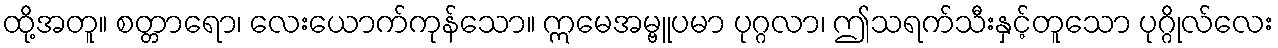
ထို့အတူ။ စတ္တာရော၊ လေးယောက်ကုန်သော။ ဣမေအမ္ဗူပမာ ပုဂ္ဂလာ၊ ဤသရက်သီးနှင့်တူသော ပုဂ္ဂိုလ်လေး